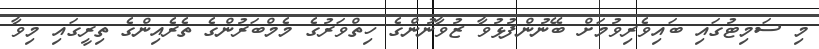
މި ސަމިޓުގައި ބައިވެރިވުމަށް ބޭނުންފުޅުވާ ޒުވާނުންގެ ހިތްވަރުގެ މެމްބަރުންގެ ތެރެއިންގެ ތިރީގައި މިވާ